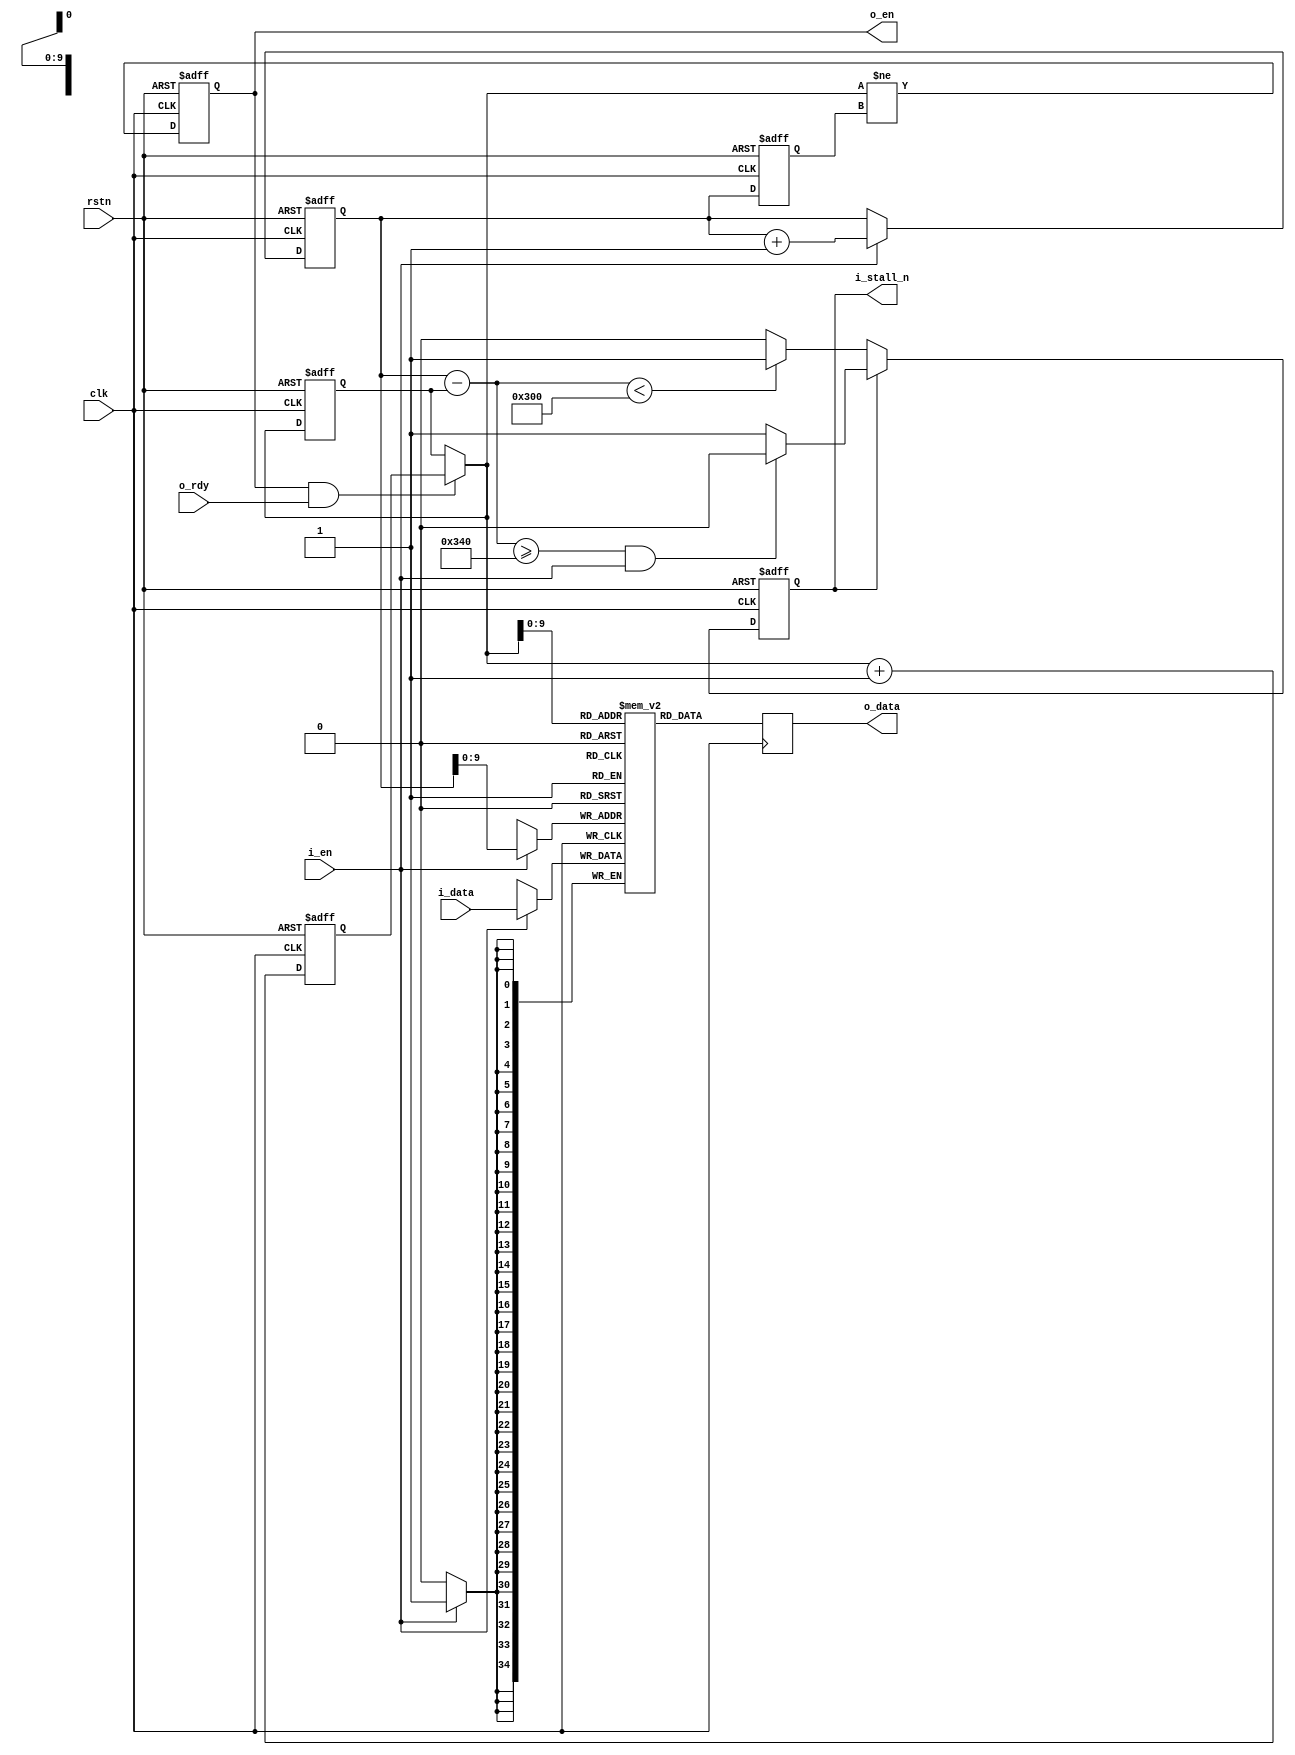

module elastic_fifo_for_output #(
    parameter SIMULATION = 0
) (
    input  wire        rstn,
    input  wire        clk,
    output reg         i_stall_n,
    input  wire [34:0] i_data,
    input  wire        i_en,
    output reg  [34:0] o_data,
    output reg         o_en,
    input  wire        o_rdy
);



initial i_stall_n = 1'b1;
initial o_en = 1'b0;


localparam [10:0] THRESHOLD_SET_STALL   = 11'd832,
                  THRESHOLD_CLEAR_STALL = 11'd768,
                  THRESHOLD_OVERFLOW    = 11'd1016;

reg  [10:0] wptr   = 11'd0;
reg  [10:0] wptr_d = 11'd0;
reg  [10:0] rptr   = 11'd0;
reg  [10:0] rptr1  = 11'd1;
wire [10:0] rptr_next = (o_en & o_rdy) ? rptr1 : rptr;
wire [10:0] buffer_usage = (wptr - rptr);

reg  [34:0] buffer [1023:0];


always @ (posedge clk or negedge rstn)
    if (~rstn) begin
        i_stall_n <= 1'b1;
    end else begin
        if (i_stall_n) begin
            if (buffer_usage >= THRESHOLD_SET_STALL && i_en)
                i_stall_n <= 1'b0;
        end else begin
            if (buffer_usage <  THRESHOLD_CLEAR_STALL)
                i_stall_n <= 1'b1;
        end
    end


generate if (SIMULATION) begin
reg  [10:0] buffer_usage_max = 11'd32;
always @ (posedge clk) begin
    if ( buffer_usage >= buffer_usage_max ) begin
        buffer_usage_max = buffer_usage + 11'd32;
        //$display("elastic_fifo_for_output : buffer_usage = %4d bytes", buffer_usage);
    end
    if (buffer_usage >= THRESHOLD_OVERFLOW && i_en) begin $display("*** error : elastic_fifo almost overflow!!"); $stop; end
end
end endgenerate


always @ (posedge clk or negedge rstn)
    if (~rstn) begin
        wptr   <= 11'h0;
        wptr_d <= 11'h0;
    end else begin
        if (i_en)
            wptr <= wptr + 11'h1;
        wptr_d <= wptr;
    end


always @ (posedge clk)
    if (i_en)
        buffer[wptr[9:0]] <= i_data;


always @ (posedge clk or negedge rstn)
    if (~rstn) begin
        rptr  <= 11'h0;
        rptr1 <= 11'h1;
        o_en  <= 1'b0;
    end else begin
        rptr  <= rptr_next;
        rptr1 <= rptr_next + 11'h1;
        o_en  <= (rptr_next != wptr_d);
    end


always @ (posedge clk)
    o_data <= buffer[rptr_next[9:0]];


endmodule